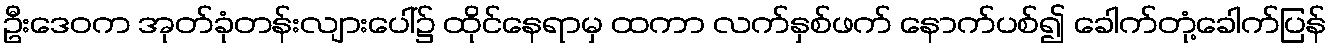
ဦးဒေဝက အုတ်ခုံတန်းလျားပေါ်၌ ထိုင်နေရာမှ ထကာ လက်နှစ်ဖက် နောက်ပစ်၍ ခေါက်တုံ့ခေါက်ပြန်